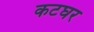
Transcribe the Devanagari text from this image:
कटघर